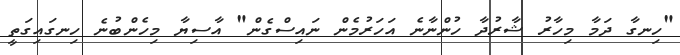
"ހިނގާ ދަމާ މިހާރު ޝާރުދާ ހުންނާނެ އަހަރުމެން ނައިސްގެން" އާސިޔާ މިހެންބުނެ ހިނގައިގަތީ